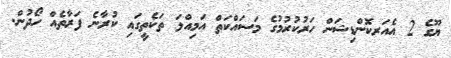
ޔޫގެ 2 އެއަރކޮންޑިޝަން ހަރުކުރުމުގެ މަސައްކަތް އަމިއްލަ ތަކެތީގައި ކުރާނެ ފަރާތެއް ހޯދުން.